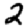
Digit: 2